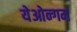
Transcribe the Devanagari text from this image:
येओन्गम